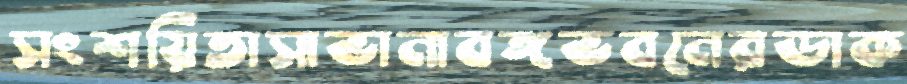
সংশয়িতাসাভানাবঙ্গভবনেরডাক